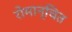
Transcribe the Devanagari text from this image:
रोमान्चित